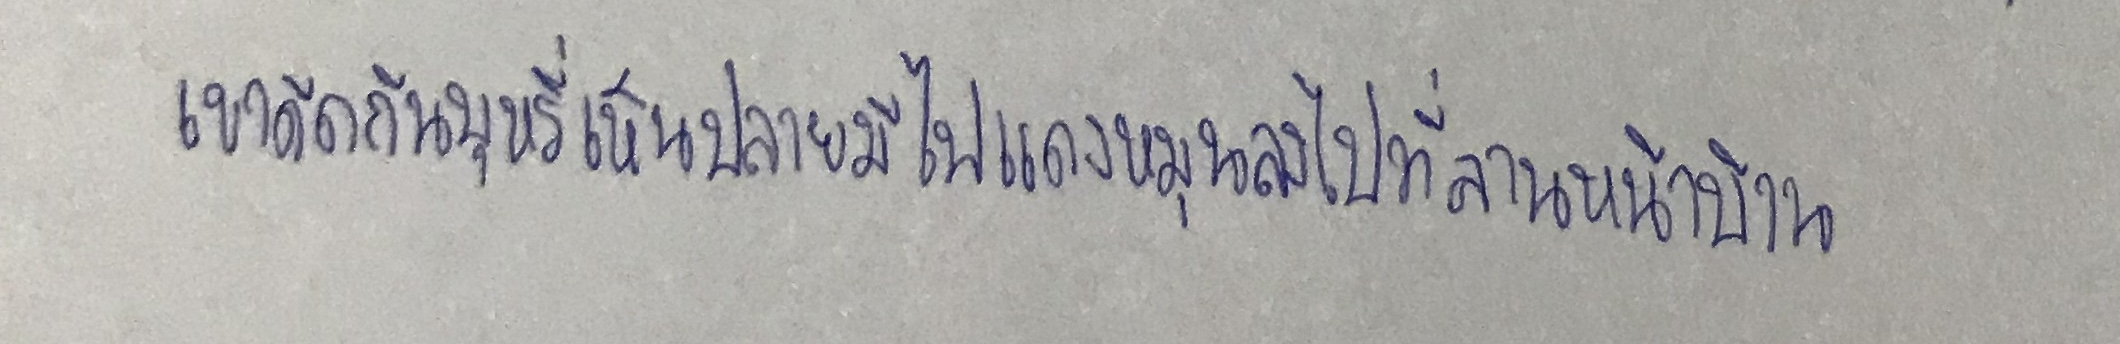
เขาดีดก้นบุหรี่เห็นปลายมีไฟแดงหมุนลงไปที่ลานหน้าบ้าน